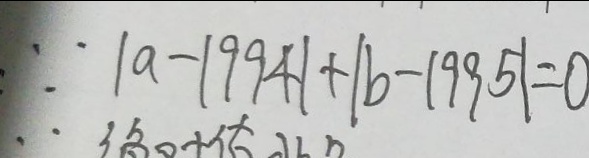
\because \vert a - 1 9 9 4 \vert + \vert b - 1 9 9 5 \vert = 0